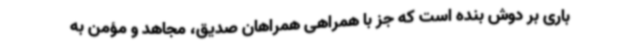
باری بر دوش بنده است که جز با همراهی همراهان صدیق، مجاهد و مؤمن به